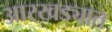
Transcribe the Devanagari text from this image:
आरखड्यात